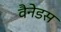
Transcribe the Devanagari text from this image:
वैनेडस